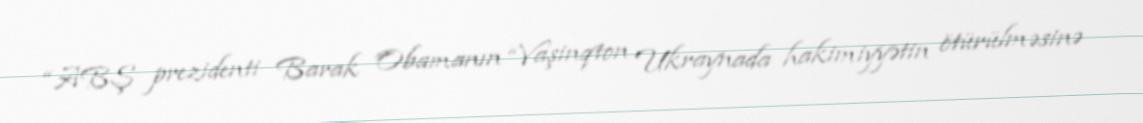
“ABŞ prezidenti Barak Obamanın “Vaşinqton Ukraynada hakimiyyətin ötürülməsinə